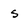
Character: S